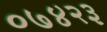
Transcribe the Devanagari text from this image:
०७४२३